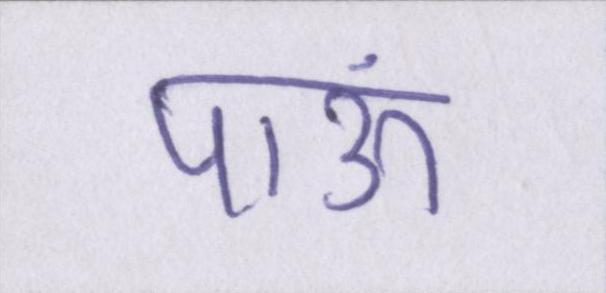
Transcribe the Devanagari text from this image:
पाऊं